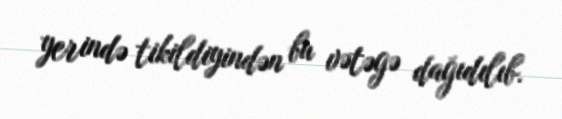
yerində tikildiyindən bu vətəgə dağıdılıb.